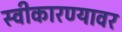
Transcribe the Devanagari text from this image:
स्वीकारण्यावर